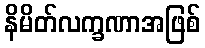
နိမိတ်လက္ခဏာအဖြစ်